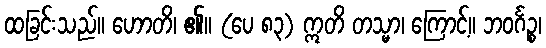
ထခြင်းသည်။ ဟောတိ၊ ၏။ (ပေ ၈၃) ဣတိ တသ္မာ၊ ကြောင့်။ ဘဝင်္ဂဉ္စ၊